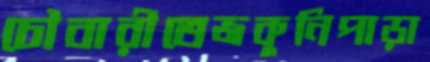
চৌবারীতেজকুনিপাড়া